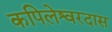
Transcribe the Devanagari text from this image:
कपिलेश्वरदास